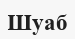
Шуаб